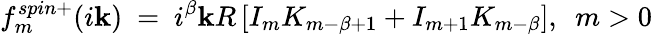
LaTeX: f_{m}^{spin+}(i\mathbf{k})\ =\ i^{\beta}\mathbf{k}R\left[I_{m}K_{m-\beta+1}+I_{m+1}K_{m-\beta}\right],\ \ m>0